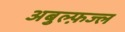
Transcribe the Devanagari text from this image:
अबुल्फ़ज्ल